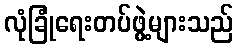
လုံခြုံရေးတပ်ဖွဲ့များသည်